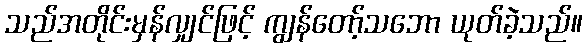
သည်အတိုင်းမှန်လျှင်ဖြင့် ကျွန်တော့်သဘော ယုတ်ခဲ့သည်။